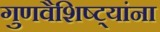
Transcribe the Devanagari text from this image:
गुणवैशिष्ट्यांना